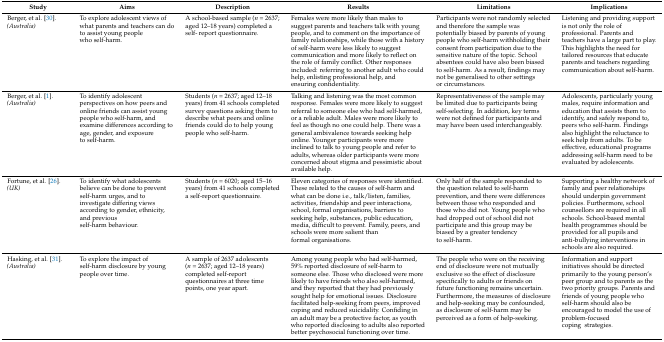
<table><thead><tr><td><b>Study</b></td><td><b>Aims</b></td><td><b>Description</b></td><td><b>Results</b></td><td><b>Limitations</b></td><td><b>Implications</b></td></tr></thead><tbody><tr><td>Berger, et al. [30].<i>(Australia)</i></td><td>To explore adolescent views of what parents and teachers can do to assist young people who self-harm.</td><td>A school-based sample (<i>n</i> = 2637; aged 12–18 years) completed a self- report questionnaire.</td><td>Females were more likely than males to suggest parents and teachers talk with young people, and to comment on the importance of family relationships, while those with a history of self-harm were less likely to suggest communication and more likely to reflect on the role of family conflict. Other responses included: referring to another adult who could help, enlisting professional help, and ensuring confidentiality.</td><td>Participants were not randomly selected and therefore the sample was potentially biased by parents of young people who self-harm withholding their consent from participation due to the sensitive nature of the topic. School absentees could have also been biased to self-harm. As a result, findings may not be generalised to other settings or circumstances.</td><td>Listening and providing support is not only the role of professional. Parents and teachers have a large part to play. This highlights the need for tailored resources that educate parents and teachers regarding communication about self-harm.</td></tr><tr><td>Berger, et al. [1].<i>(Australia)</i></td><td>To identify adolescent perspectives on how peers and online friends can assist young people who self-harm, and examine differences according to age, gender, and exposure to self-harm.</td><td>Students (<i>n</i> = 2637; aged 12–18 years) from 41 schools completed survey questions asking them to describe what peers and online friends could do to help young people who self-harm.</td><td>Talking and listening was the most common response. Females were more likely to suggest referral to someone else who had self-harmed, or a reliable adult. Males were more likely to feel as though no one could help. There was a general ambivalence towards seeking help online. Younger participants were more inclined to talk to young people and refer to adults, whereas older participants were more concerned about stigma and pessimistic about available help.</td><td>Representativeness of the sample may be limited due to participants being self-selecting. In addition, key terms were not defined for participants and may have been used interchangeably.</td><td>Adolescents, particularly young males, require information and education that assists them to identify, and safely respond to, peers who self-harm. Findings also highlight the reluctance to seek help from adults. To be effective, educational programs addressing self-harm need to be evaluated by adolescents.</td></tr><tr><td>Fortune, et al. [26].<i>(UK)</i></td><td>To identify what adolescents believe can be done to prevent self-harm urges, and to investigate differing views according to gender, ethnicity, and previous self-harm behaviour.</td><td>Students (<i>n</i> = 6020; aged 15–16 years) from 41 schools completed a self-report questionnaire.</td><td>Eleven categories of responses were identified. These related to the causes of self-harm and what can be done i.e., talk/listen, families, activities, friendship and peer interactions, school, formal organisations, barriers to seeking help, substances, public education, media, difficult to prevent. Family, peers, and schools were more salient than formal organisations.</td><td>Only half of the sample responded to the question related to self-harm prevention, and there were differences between those who responded and those who did not. Young people who had dropped out of school did not participate and this group may be biased by a greater tendency to self-harm.</td><td>Supporting a healthy network of family and peer relationships should underpin government policies. Furthermore, school counsellors are required in all schools. School-based mental health programmes should be provided for all pupils and anti-bullying interventions in schools are also required.</td></tr><tr><td>Hasking, et al. [31].<i>(Australia)</i></td><td>To explore the impact of self-harm disclosure by young people over time.</td><td>A sample of 2637 adolescents (<i>n</i> = 2637; aged 12–18 years) completed self-report questionnaires at three time points, one year apart.</td><td>Among young people who had self-harmed, 59% reported disclosure of self-harm to someone else. Those who disclosed were more likely to have friends who also self-harmed, and they reported that they had previously sought help for emotional issues. Disclosure facilitated help-seeking from peers, improved coping and reduced suicidality. Confiding in an adult may be a protective factor, as youth who reported disclosing to adults also reported better psychosocial functioning over time.</td><td>The people who were on the receiving end of disclosure were not mutually exclusive so the effect of disclosure specifically to adults or friends on future functioning remains uncertain. Furthermore, the measures of disclosure and help-seeking may be confounded, as disclosure of self-harm may be perceived as a form of help-seeking.</td><td>Information and support initiatives should be directed primarily to the young person’s peer group and to parents as the two priority groups. Parents and friends of young people who self-harm should also be encouraged to model the use of problem-focused coping strategies.</td></tr></tbody></table>